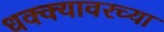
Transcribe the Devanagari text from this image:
धक्क्यावरच्या